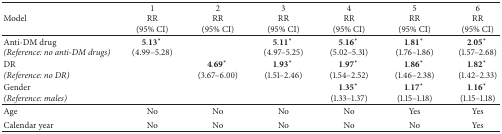
<table><thead><tr><td><b>Model</b></td><td><b>1RR(95% CI)</b></td><td><b>2RR(95% CI)</b></td><td><b>3RR(95% CI)</b></td><td><b>4RR(95% CI)</b></td><td><b>5RR(95% CI)</b></td><td><b>6RR(95% CI)</b></td></tr></thead><tbody><tr><td>Anti-DM drug<i>(Reference: no anti-DM drugs)</i></td><td>5.13<sup><i>∗</i></sup> (4.99–5.28)</td><td> </td><td>5.11<sup><i>∗</i></sup> (4.97–5.25)</td><td>5.16<sup><i>∗</i></sup> (5.02–5.31)</td><td>1.81<sup><i>∗</i></sup> (1.76–1.86)</td><td>2.05<sup><i>∗</i></sup> (1.57–2.68)</td></tr><tr><td>DR<i>(Reference: no DR)</i></td><td> </td><td>4.69<sup><i>∗</i></sup> (3.67–6.00)</td><td>1.93<sup><i>∗</i></sup> (1.51–2.46)</td><td>1.97<sup><i>∗</i></sup> (1.54–2.52)</td><td>1.86<sup><i>∗</i></sup> (1.46–2.38)</td><td>1.82<sup><i>∗</i></sup> (1.42–2.33)</td></tr><tr><td>Gender<i>(Reference: males)</i></td><td> </td><td> </td><td> </td><td>1.35<sup><i>∗</i></sup> (1.33–1.37)</td><td>1.17<sup><i>∗</i></sup> (1.15–1.18)</td><td>1.16<sup><i>∗</i></sup> (1.15–1.18)</td></tr><tr><td>Age</td><td>No</td><td>No</td><td>No</td><td>No</td><td>Yes</td><td>Yes</td></tr><tr><td>Calendar year</td><td>No</td><td>No</td><td>No</td><td>No</td><td>No</td><td>Yes</td></tr></tbody></table>